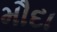
મૌદા